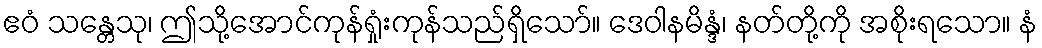
ဧဝံ သန္တေသု၊ ဤသို့အောင်ကုန်ရှုံးကုန်သည်ရှိသော်။ ဒေဝါနမိန္ဒံ၊ နတ်တို့ကို အစိုးရသော။ နံ